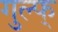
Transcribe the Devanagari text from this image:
गुल्फ्